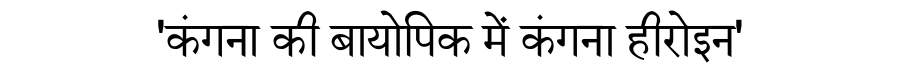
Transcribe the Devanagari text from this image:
'कंगना की बायोपिक में कंगना हीरोइन'